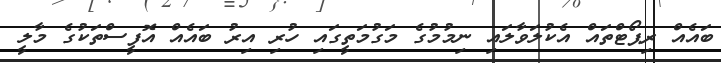
ބައެއް ރިޕޯޓްތައް އެކުލަވާލައި ނިމުމުގެ މަގުމަތީގައި ހުރި އިރު ބައެއް އޮފީސްތަކުގެ މާލީ